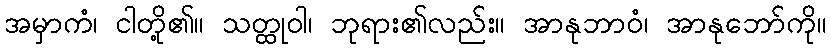
အမှာကံ၊ ငါတို့၏။ သတ္ထုဝါ၊ ဘုရား၏လည်း။ အာနုဘာဝံ၊ အာနုဘော်ကို။